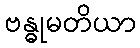
ဗန္ဓုမတိယာ